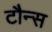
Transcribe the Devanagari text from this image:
टौन्स